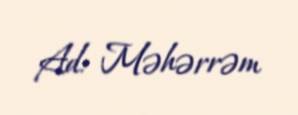
Ad: Məhərrəm